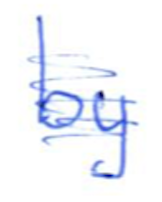
Text: by
Cross-out: scratch
Writing tool: ballpoint